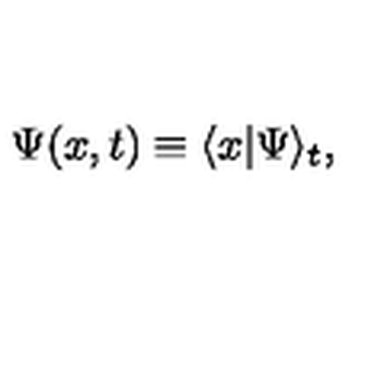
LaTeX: \Psi ( x , t ) \equiv \langle x | \Psi \rangle _ { t } ,